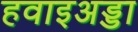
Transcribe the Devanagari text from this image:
हवाइअड्डा